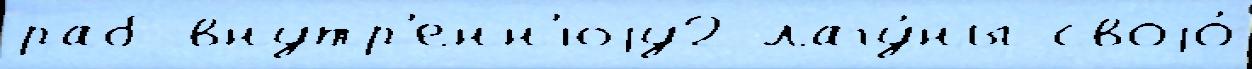
раб внутр'енн'юjу2 лагу́ны своjо́